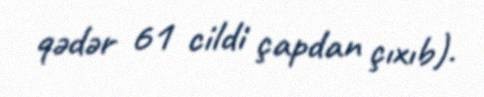
qədər 61 cildi çapdan çıxıb).